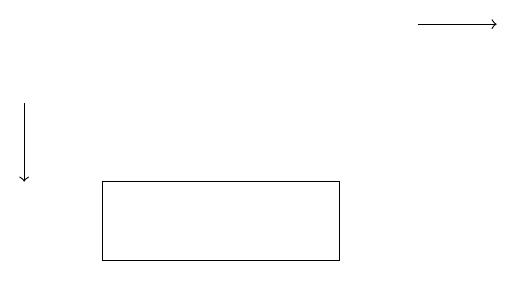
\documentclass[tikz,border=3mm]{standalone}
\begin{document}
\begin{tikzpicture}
\draw[->] (6,19) -- (7,19);
\draw (5,17) rectangle (2,16);
\draw[->] (1,18) -- (1,17);
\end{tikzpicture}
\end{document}